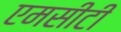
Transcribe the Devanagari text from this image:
एमसीटी